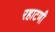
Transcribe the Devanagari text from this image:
रहाटणी